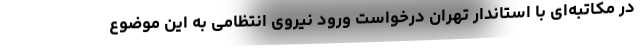
در مکاتبه‌ای با استاندار تهران درخواست ورود نیروی انتظامی به این موضوع